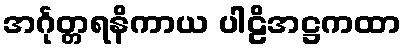
အင်္ဂုတ္တရနိကာယ ပါဠိအဋ္ဌကထာ